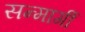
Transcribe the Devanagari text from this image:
सन्मार्गी